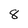
Character: 8